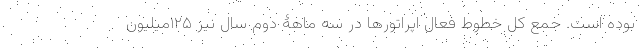
بوده است. جمع کل خطوط فعال اپراتورها در سه ماهۀ دوم سال نیز ۱۲۵میلیون